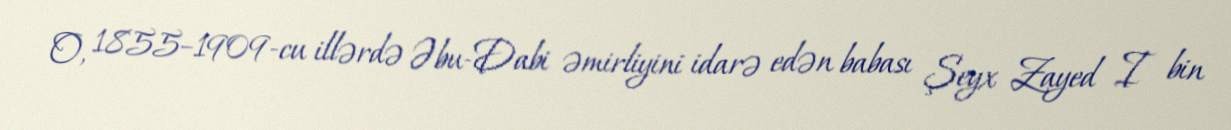
O, 1855–1909-cu illərdə Əbu-Dabi əmirliyini idarə edən babası Şeyx Zayed I bin